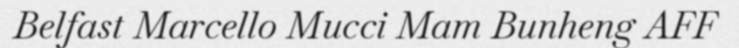
Belfast Marcello Mucci Mam Bunheng AFF